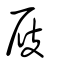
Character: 屐